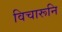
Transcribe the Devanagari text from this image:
विचारूनि